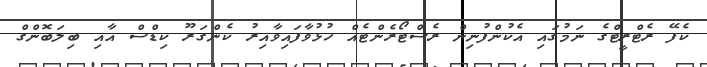
ކެފޭ ރެޓްރީޓްގެ ނަމުގައި އެކުންފުނިން ރެސްޓޯރެންޓެއް ހުޅުވާފައިވާއިރު ކެންގަރޫ ކިޑްސް އާއި ބިލަބޮންގް